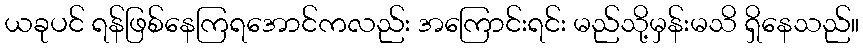
ယခုပင် ရန်ဖြစ်နေကြရအောင်ကလည်း အကြောင်းရင်း မည်သို့မှန်းမသိ ရှိနေသည်။